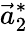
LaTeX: \vec{a}_{2}^{*}